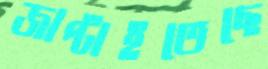
জাপ্‌টাইতেছে